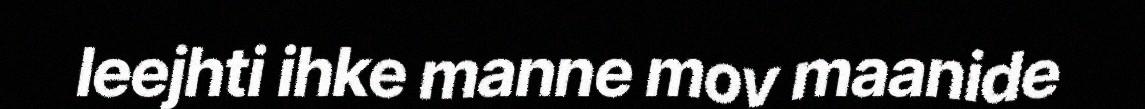
leejhti ihke manne mov maanide